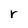
Character: r